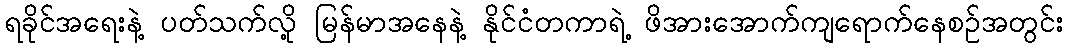
ရခိုင်အရေးနဲ့ ပတ်သက်လို့ မြန်မာအနေနဲ့ နိုင်ငံတကာရဲ့ ဖိအားအောက်ကျရောက်နေစဉ်အတွင်း